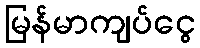
မြန်မာကျပ်ငွေ